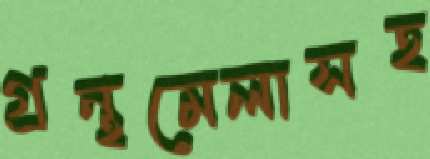
গ্রন্থমেলাসহ